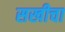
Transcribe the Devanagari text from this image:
सखीचा